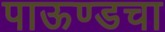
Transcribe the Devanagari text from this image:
पाऊण्डचा